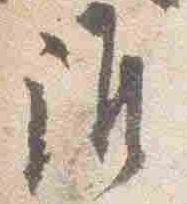
誰